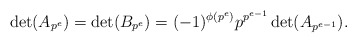
\begin{align*}\det(A_{p^e}) = \det(B_{p^e}) = (-1)^{\phi(p^e)}p^{p^{e-1}}\det(A_{p^{e-1}}).\end{align*}